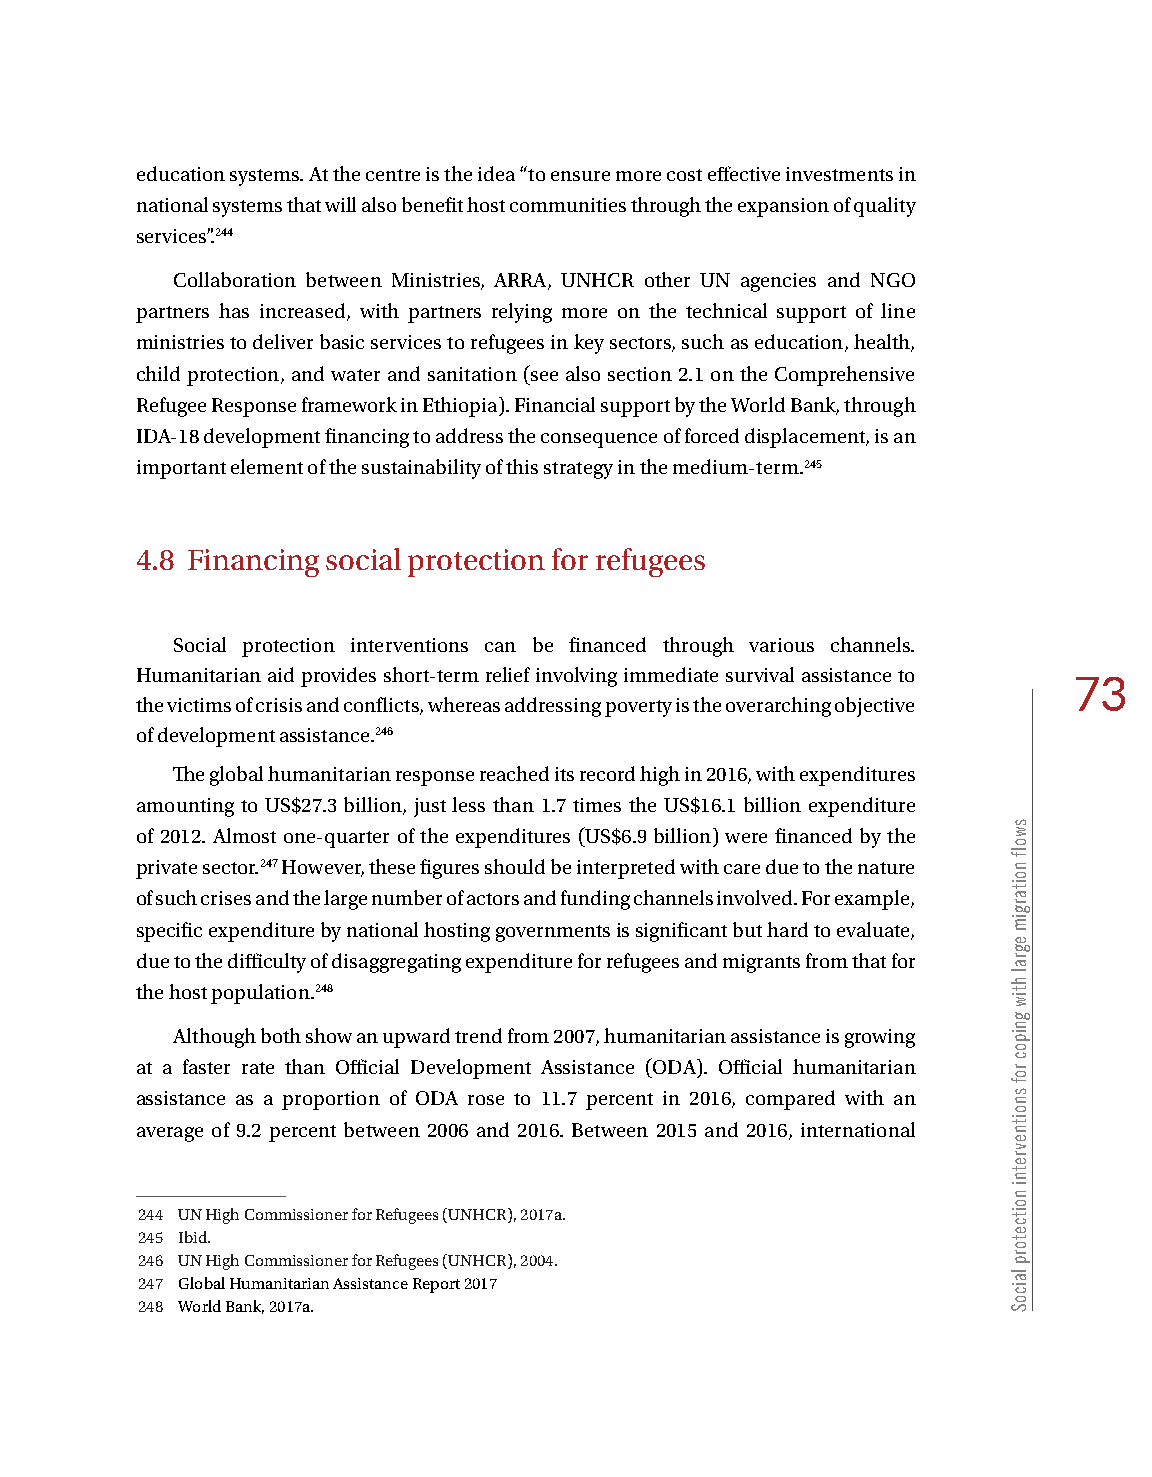
education systems. At the centre is the idea “to ensure more cost effective investments in
 national systems that will also benefit host communities through the expansion of quality
 services”.244
 Collaboration between Ministries, ARRA, UNHCR other UN agencies and NGO
 partners has increased, with partners relying more on the technical support of line
 ministries to deliver basic services to refugees in key sectors, such as education, health,
 child protection, and water and sanitation (see also section 2.1 on the Comprehensive
 Refugee Response framework in Ethiopia). Financial support by the World Bank, through
 IDA-18 development financing to address the consequence of forced displacement, is an
 important element of the sustainability of this strategy in the medium-term.245
 4.8 Financing social protection for refugees
 Social protection interventions can be financed through various channels.
 Humanitarian aid provides short-term relief involving immediate survival assistance to
 73
 the victims of crisis and conflicts, whereas addressing poverty is the overarching objective
 of development assistance.246
 The global humanitarian response reached its record high in 2016, with expenditures
 amounting to US$27.3 billion, just less than 1.7 times the US$16.1 billion expenditure
 of 2012. Almost one-quarter of the expenditures (US$6.9 billion) were financed by the
 private sector.247 However, these figures should be interpreted with care due to the nature
 of such crises and the large number of actors and funding channels involved. For example,
 specific expenditure by national hosting governments is significant but hard to evaluate,
 due to the difficulty of disaggregating expenditure for refugees and migrants from that for
 the host population.248
 Although both show an upward trend from 2007, humanitarian assistance is growing
 at a faster rate than Official Development Assistance (ODA). Official humanitarian
 assistance as a proportion of ODA rose to 11.7 percent in 2016, compared with an
 average of 9.2 percent between 2006 and 2016. Between 2015 and 2016, international
 244 UN High Commissioner for Refugees (UNHCR), 2017a.
 245 Ibid.
 246 UN High Commissioner for Refugees (UNHCR), 2004.
 247 Global Humanitarian Assistance Report 2017
 248 World Bank, 2017a.
 swolf
 noitargim
 egral
 htiw
 gnipoc
 rof
 snoitnevretni
 noitcetorp
 laicoS